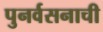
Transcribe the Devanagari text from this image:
पुनर्वसनाची